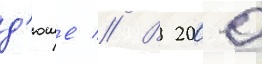
д'юше // В 2000